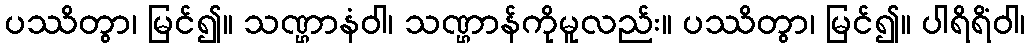
ပဿိတွာ၊ မြင်၍။ သဏ္ဌာနံဝါ၊ သဏ္ဌာန်ကိုမူလည်း။ ပဿိတွာ၊ မြင်၍။ ပါရိရိံဝါ၊